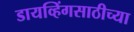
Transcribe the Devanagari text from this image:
डायव्हिंगसाठीच्या